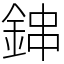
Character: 鋛